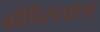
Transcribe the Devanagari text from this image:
बोधिसत्वाला